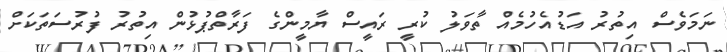
ނަމަވެސް އިތުރު އަޑުއެހުމެއް ތާވަލު ކުރީ ރައީސް ޔާމީންގެ ފަރާތްޕުޅުން އިތުރު ފުރުސަތަކަށް